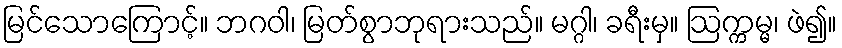
မြင်သောကြောင့်။ ဘဂဝါ၊ မြတ်စွာဘုရားသည်။ မဂ္ဂါ၊ ခရီးမှ။ ဩက္ကမ္မ၊ ဖဲ၍။